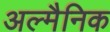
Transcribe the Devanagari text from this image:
अल्मैनिक